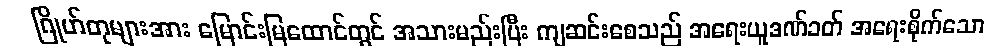
ဂြိုဟ်တုများအား မြောင်းမြထောင်တွင် အသားမည်းပြီး ကျဆင်းစေသည် အရေးယူဒဏ်ခတ် အရေးစိုက်သော